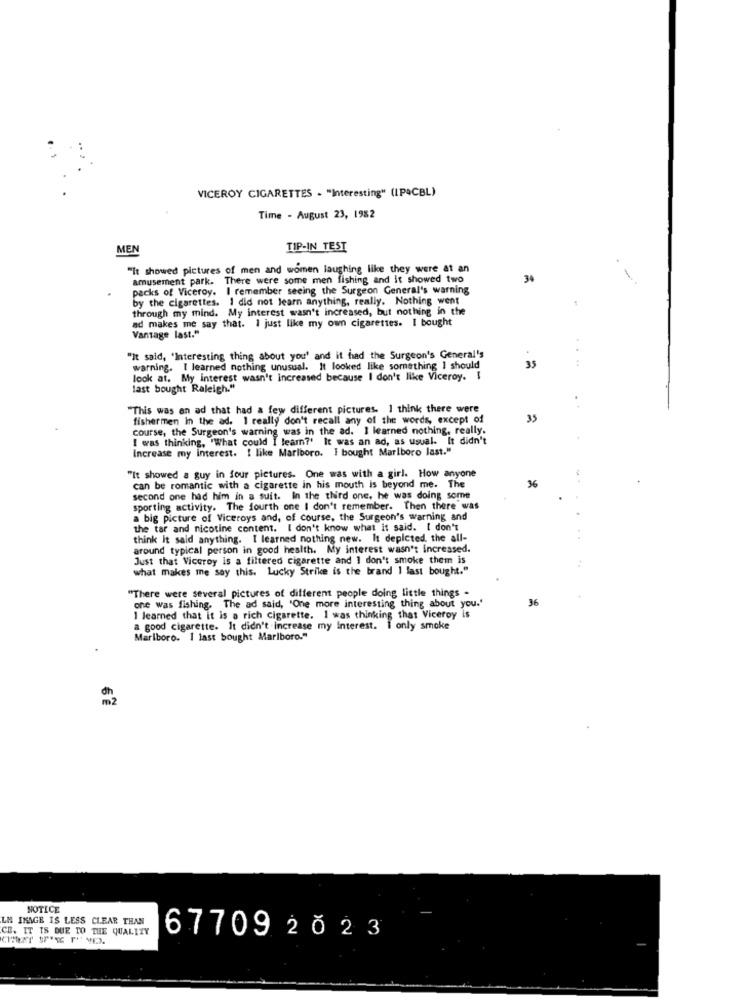
VICEROY CIGARETTES . "Interesting" (IP4CBL)
Time - August 23, 1982
MEN
TIP-IN TEST
"It showed pictures of men and women laughing like they were at an
amusement park. There were some men fishing and it showed two
3%
packs of Viceroy. I remember seeing the Surgeon General's warning
by the cigarettes. I did not learn anything, really. Nothing went
through my mind. My interest wasn't increased, but nothing in the
ad makes me say that. I just like my own cigarettes. I bought
Vantage last."
"It said, "Interesting thing about you' and it had the Surgeon's General's
warning. I learned nothing unusual. It looked like something I should
35
look at. My interest wasn't increased because I don't like Viceroy. I
last bought Raleigh."
"This was an ad that had a few different pictures. I think there were
fishermen in the ad. I really don't recall any of the words, except of
35
course, the Surgeon's warning was in the ad. I learned nothing, really.
I was thinking, "What could I leam?' It was an ad, as usual. It didn't
Increase my interest. I like Marlboro. I bought Marlboro last."
"It showed a guy in four pictures. One was with a girl. How anyone
36
can be romantic with a cigarette in his mouth is beyond me. The
second one had him in a suit. In the third one, he was doing some
sporting activity. The fourth one I don't remember. Then there was
a big picture of Viceroys and, of course, the Surgeon's warning and
the tar and nicotine content. I don't know what it said. I don't
think It said anything. I learned nothing new. It depicted, the all-
around typical person in good health. My interest wasn't increased.
Just that Viceroy is a filtered cigarette and I don't smoke them is
what makes me say this. Lucky Strike is the brand 1 last bought."
"There were several pictures of different people doing little things -
36
one was fishing. The ad said, "One more interesting thing about you.'
1 learned that it is a rich cigarette. I was thinking that Viceroy is
a good cigarette. It didn't increase my Interest. I only smoke
Marlboro. I last bought Marlboro."
m 2
NOTICE
LM IKAGE IS LESS CLEAR THAN
CE. IT IS DUE TO THE QUALITY
67709 2023